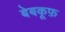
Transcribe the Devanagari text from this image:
बेबकूफ़